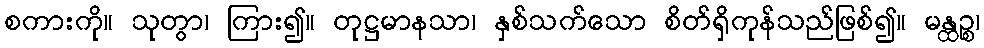
စကားကို။ သုတွာ၊ ကြား၍။ တုဋ္ဌမာနသာ၊ နှစ်သက်သော စိတ်ရှိကုန်သည်ဖြစ်၍။ မန္ထဉ္စ၊